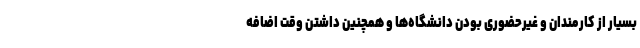
بسیار از کارمندان و غیرحضوری بودن دانشگاه‌ها و همچنین داشتن وقت اضافه